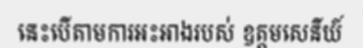
នេះបើតាមការអះអាងរបស់ ឧត្តមសេនីយ៍